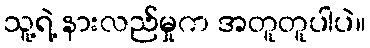
သူ့ရဲ့ နားလည်မှုက အတူတူပါပဲ။